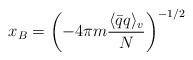
LaTeX: \begin{align*}x_B = \left( - 4\pi m \frac{\langle \bar{q}q \rangle_v}{N}\right)^{-1/2}\end{align*}